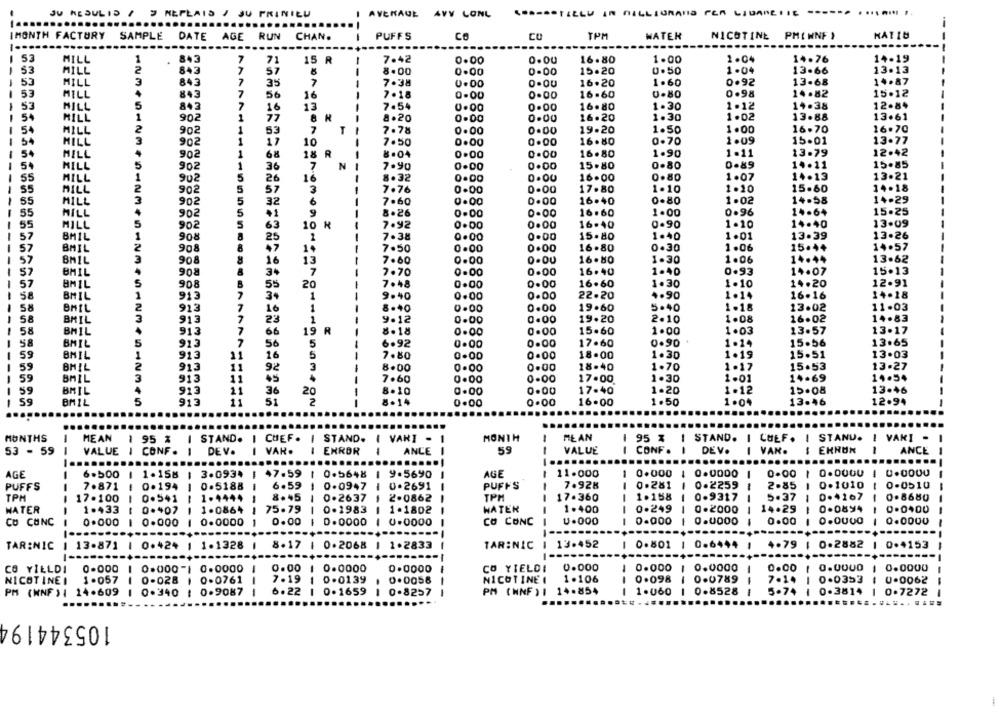
JU RESULTS / 9 MEPLAIS / JU PRINILU
I AVENAUL AVY LONL
....... ..
...
...
IMONTH FACTORY
SAMPLE
DATE
AGE RUN
CHAN.
PUFFS
CO
CU
TPM
WATER
NICOTINE PMINNF )
HAT18
53
843
7
2.04
14-19
MILL
1
.
71
15 R
-
7.42
0.00
0.00
16.80
1.00
14.76
1 53
MILL
2
843
7
-
8.00
0.00
0.00
15.20
0.50
1-04
13.66
13.13
53
MILL
3
843
7
35
7
-
7.38
0.00
16.20
1.60
0.92
13-68
14.87
53
MILL
7
7.18
0.00
16.60
0.80
0.98
14.82
15.12
-
843
56
16
-
0.00
53
HILL
5
7
16
13
-
7.54
0.00
0.00
16.80
1.30
1.12
14.38
12-84
54
HILL
1
1
77
8.20
0.00
0.00
16.20
1.30
1.02
13.88
13.61
54
MILL
2
902
7
T
7.78
0.00
0.00
19.20
1.50
1.00
16.70
16.70
53
54
HILL
3
902
1
7.50
0.00
0.00
16.80
0-70
1.09
15.01
13.77
10
-
54
MILL
902
1
68
18 R
0.00
0.00
16.80
1.90
1.11
13-79
12.42
HILL
5
902
1
N
7.90
0.DO
0.00
15.80
0.80
0.89
14.11
15.85
36
7
SS
MILL
1
902
5
26
16
8.32
16.00
0.80
1.07
14.13
13.21
2
15.60
14.18
55
MILL
5
57
3
7.76
0.00
0.00
17.80
1.10
1.10
55
MILL
3
5
32
6
--
7.60
0.00
0.00
16.40
0-80
1.02
14.58
14.29
55
MILL
902
5
9
-
8.26
0.00
0.00
16.60
1.00
0.96
14.64
15.25
5
5
0.90
14.40
13.09
55
MILL
902
63
10 H
7.92
0.00
0.00
16.40
1.10
57
BMIL
1
908
25
7.38
0.00
0.00
15.80
1.40
1.01
13.39
13.26
57
BMIL
2
908
+7
7.50
0.00
0.00
16.80
0-30
1.06
15.44
14.57
57
3
13
16.80
1.06
14.44
13.62
BMIL
908
16
7.60
0.00
1.30
57
BMIL
908
34
7
7.70
0.00
0.00
16.40
1.40
0.93
14.07
15.13
57
8MIL
5
908
55
20
--
7.48
0.00
0.00
16.60
1.30
1.10
14.20
12.91
58
BMIL
9.40
0.00
0.00
22.20
4.90
1.14
16.16
14.18
1
913
34
1
58
BAIL
2
913
7
16
1
8.40
0.00
0.00
19.60
5.40
1.18
13.02
11.03
14.83
58
BMIL
3
913
7
23
1
9.12
0.00
0.00
19.20
2.10
1.08
16.02
58
BMIL
7
8.18
0.00
15.60
1.00
1.03
13.57
13.17
913
66
19
0.00
1
58
BAIL
5
913
7
56
5
6.92
0.00
0.00
17.60
0.90
1.14
15.56
13.65
1
59
BMIL
1
913
11
16
5
7.80
0.00
0.00
18.00
1.30
1.19
15.51
13.03
1
55
BMIL
2
913
11
92
3
0.00
18-40
1.70
1.17
15.53
13.27
8.00
0.00
--
59
BAIL
3
913
11
45
7.60
0.00
0.00
17.00
1.30
1-01
14.69
14.54
913
59
BMIL
4
21
36
20
-
8.10
0.00
0.00
17.40
1.20
1.12
15.08
13.46
--
59
BMIL
5
913
11
51
2
8.14
0.00
0.00
16.00
1.50
1.04
13.46
12.94
MONTHS
MEAN
1 95 % | STAND. I CHEF. I
STAND. I VARI -
-
MONTH
1
MEAN
95 %
STAND. I CHEF. I STAND.
I VARI -
53 - 59
VALUE I CONF. I
DE V.
VAR .
ERROR
ANLE
59
--
VALUE
CONF .
DEV.
-
VAN.
ANCE
...
...
.......
AGE
6.500
1.158
3.0934
1 47.59
0.5648
9.5690
AGE
-
11.000
-
0.000
0.0000
-
0.00
1
1 0.0000
-
-
PUFFS
7.871
0.194
0.5188
6.59
0.0947
0.2691
PUFFS
7.928
0.281
0.2259
2.85
-
0.1010
-
0-0510
TPM
8.45
17.360
1.158
-
0.9317
5.37
1
1
0.4167
0.8680
17.100
0.541
1.4444
0.2637
2.0862
TPM
WATER
1.433
0.407
1.0864
75.79
0.1983
1.1802
WATER
1.400
0.249
0.2000
14.29
0.0894
0.0400
-
CO CUNC
- -
0.000
0.000
0.0000
0.00
1 0.0000
0.0000
CO CONC
1
U.000
0.000
0.00
0.0000
TAR:NIC
1 13.871 1
0.424 1 1.1328 |
8.17
4 0.2068
1 1.2833
TAR:NIC
1 13.452
-
0.801
0.6444
4.79
0.2882
0.4153
0.00
0.0000
CO YIELDI
0.000
0.000
1 0.0000
0.00
0.0OUO
0.0000
CO YILLDI
0.000
0.000-1
0.0000
0.0000
-
--
-
NICOTINEI
1.057
--
0-028
0.0761
7.19
0.0139
0.0058
NICOTINE I
1.106
0 .098
1 0.0789
7.14
0.0353
U.0062
PM (WNF ) I
14.609
1 0.340
0.9087
6.22
1 0.1659
0.8257
PM (NNF ) I
14.854
-
1.060
1 0.8528
5.74
0.3814
0.7272
105344194